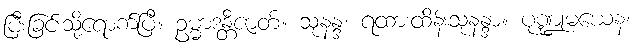
ပြီးခြင်းသို့ရောက်ပြီ။ ဥမ္မာဒန္တီဇာတ်။ သုနန္ဒ၊ ရထားထိန်းသုနန္ဒာ။ ပုဏ္ဍုမယေန၊